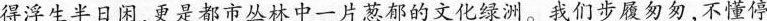
得浮生半日闲，更是都市丛林中一片葱郁的文化绿洲。我们步履匆匆,不懂停